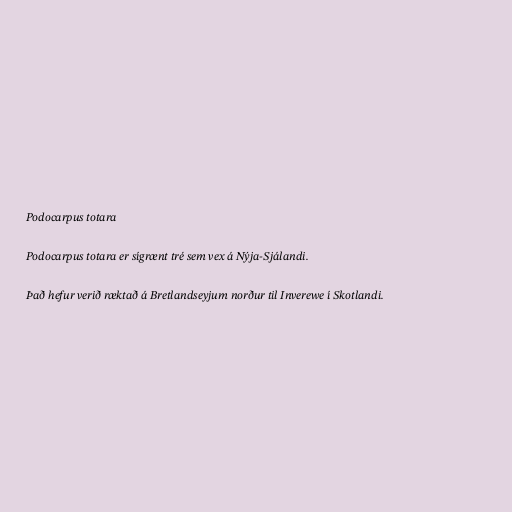
Podocarpus totara

Podocarpus totara er sígrænt tré sem vex á Nýja-Sjálandi.

Það hefur verið ræktað á Bretlandseyjum norður til Inverewe í Skotlandi.